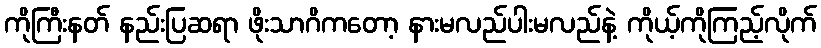
ကိုကြီးနတ် နည်းပြဆရာ ဖိုးသာဂိကတော့ နားမလည်ပါးမလည်နဲ့ ကိုယ့်ကိုကြည့်လိုက်